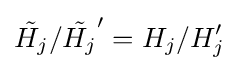
{\tilde {H_{j}}}/{\tilde {H_{j}}}'=H_{j}/H_{j}'